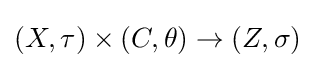
(X,\tau )\times \left(C,\theta \right)\to (Z,\sigma )